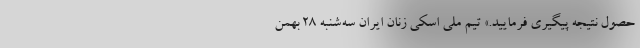
حصول نتیجه پیگیری فرمایید.» تیم ملی اسکی زنان ایران سه‌شنبه ۲۸ بهمن